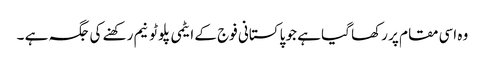
وہ اسی مقام پر رکھا گیا ہے جو پاکستانی فوج کے ایٹمی پلوٹونیم رکھنے کی جگہ ہے ۔